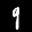
Label: 9